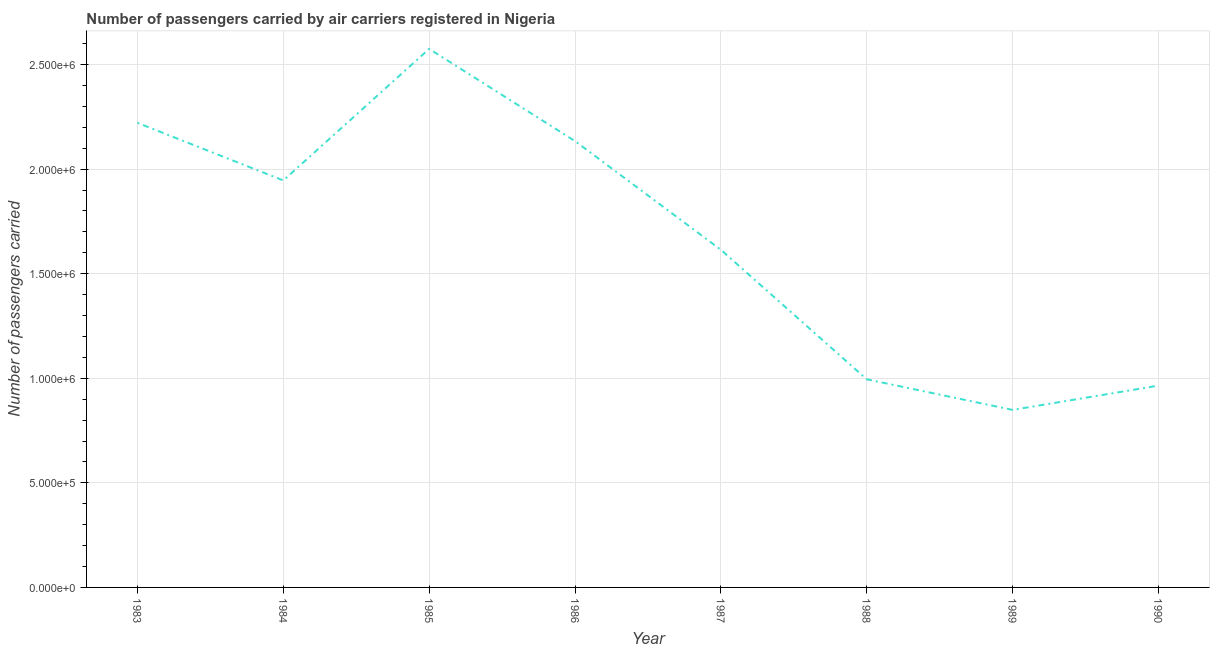
| Year | Air transport |
 | --- | --- |
 | 1983 | 2.22e+06 |
 | 1984 | 1.95e+06 |
 | 1985 | 2.58e+06 |
 | 1986 | 2.13e+06 |
 | 1987 | 1.61e+06 |
 | 1988 | 9.95e+05 |
 | 1989 | 8.49e+05 |
 | 1990 | 9.65e+05 |